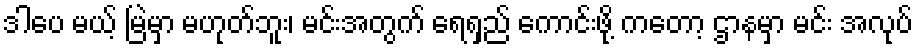
ဒါပေ မယ့် မြဲမှာ မဟုတ်ဘူး၊ မင်းအတွက် ရေရှည် ကောင်းဖို့ ကတော့ ဌာနမှာ မင်း အလုပ်